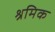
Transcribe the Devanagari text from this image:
श्रमिक